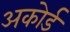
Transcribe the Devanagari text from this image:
अकोर्ड